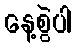
နေ့စွဲပါ